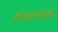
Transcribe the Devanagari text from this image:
कन्याच